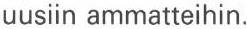
uusiin ammatteihin.